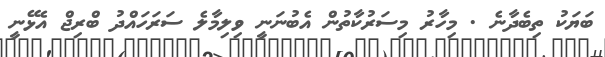
ބަޔަކު ތިބެދާނެ . މިހާރު މިސަރުކާތުން އެބުނަނީ ވިލިމާލެ ސަރަހައްދު ބްރިޖް އެޅޭނީ